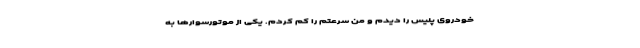
خودروی پلیس را دیدم و من سرعتم را کم کردم. یکی از موتورسوار‌ها به